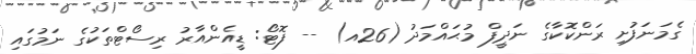
ގެމަނަފުށި ރަންކޮކާގެ ނަދީފް މުޙައްމަދު (26އ) -- ފޮޓޯ: ޑީއެންއާރު ރިސޯޓްތަކުގެ ނަމުގައި